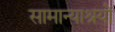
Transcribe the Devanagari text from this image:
सामान्याश्रयों